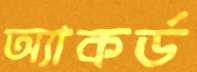
অ্যাকর্ড